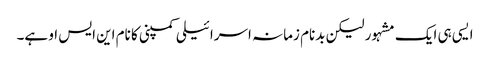
ایسی ہی ایک مشہور لیکن بدنام زمانہ اسرائیلی کمپنی کا نام این ایس او ہے۔